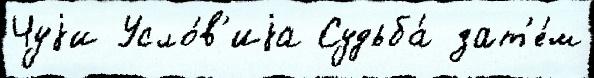
Чуjи Усло́в'иjа Судьба́ зат'е́м